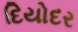
દિયોદર